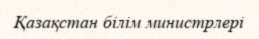
Қазақстан білім министрлері